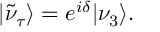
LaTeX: | \tilde { \nu } _ { \tau } \rangle = e ^ { i \delta } | \nu _ { 3 } \rangle .